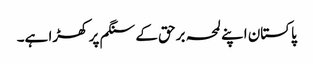
پاکستان اپنے لمحہ برحق کے سنگم پر کھڑا ہے۔